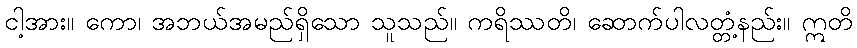
ငါ့အား။ ကော၊ အဘယ်အမည်ရှိသော သူသည်။ ကရိဿတိ၊ ဆောက်ပါလတ္တံ့နည်း။ ဣတိ